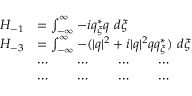
\begin{array} { r l } { H _ { - 1 } } & { = \int _ { - \infty } ^ { \infty } - i q _ { \xi } ^ { * } q \ d \xi } \\ { H _ { - 3 } } & { = \int _ { - \infty } ^ { \infty } - ( | q | ^ { 2 } + i | q | ^ { 2 } q q _ { \xi } ^ { * } ) \ d \xi } \\ & { \cdots \qquad \cdots \qquad \cdots \qquad \cdots } \\ & { \cdots \qquad \cdots \qquad \cdots \qquad \cdots } \end{array}